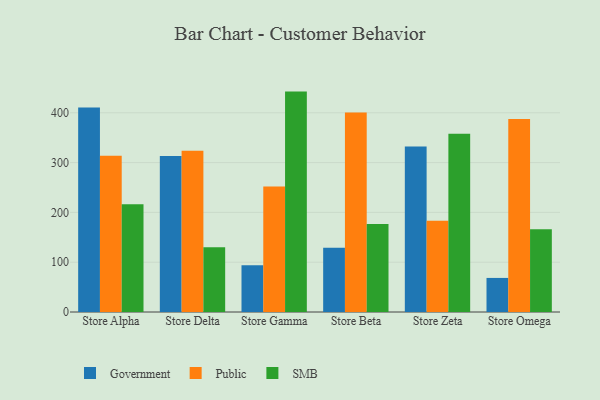
{"axis": {"x": "Store", "y": "Conversion Rate (%)"}, "legend": ["Government", "Public", "SMB"], "data": [{"x": "Store Alpha", "y": 410.7, "type": "Government"}, {"x": "Store Alpha", "y": 313.7, "type": "Public"}, {"x": "Store Alpha", "y": 216.5, "type": "SMB"}, {"x": "Store Delta", "y": 313.0, "type": "Government"}, {"x": "Store Delta", "y": 323.9, "type": "Public"}, {"x": "Store Delta", "y": 130.2, "type": "SMB"}, {"x": "Store Gamma", "y": 93.8, "type": "Government"}, {"x": "Store Gamma", "y": 252.0, "type": "Public"}, {"x": "Store Gamma", "y": 442.5, "type": "SMB"}, {"x": "Store Beta", "y": 128.9, "type": "Government"}, {"x": "Store Beta", "y": 400.4, "type": "Public"}, {"x": "Store Beta", "y": 176.6, "type": "SMB"}, {"x": "Store Zeta", "y": 332.2, "type": "Government"}, {"x": "Store Zeta", "y": 183.0, "type": "Public"}, {"x": "Store Zeta", "y": 358.1, "type": "SMB"}, {"x": "Store Omega", "y": 68.4, "type": "Government"}, {"x": "Store Omega", "y": 387.4, "type": "Public"}, {"x": "Store Omega", "y": 165.9, "type": "SMB"}]}